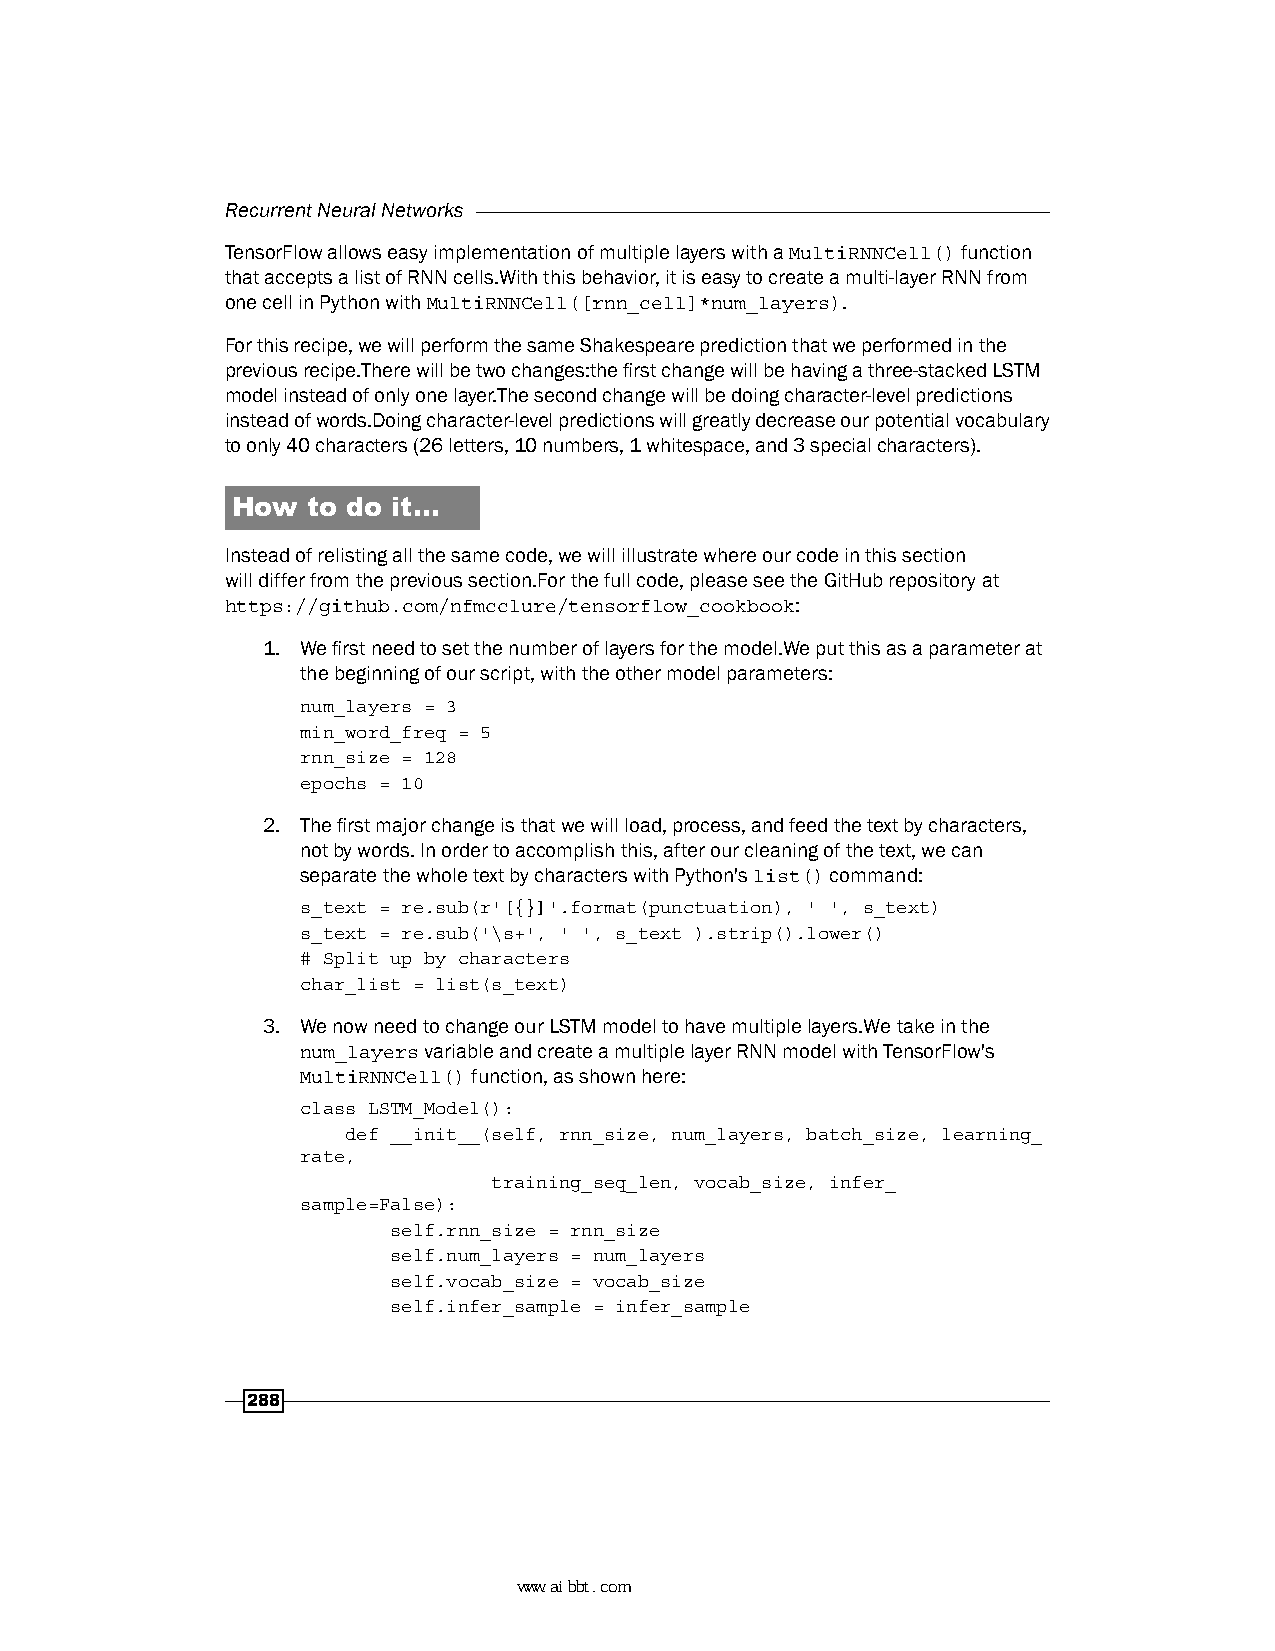
Recurrent Neural Networks
 TensorFlow allows easy implementation of multiple layers with a MultiRNNCell() function
 that accepts a list of RNN cells.With this behavior, it is easy to create a multi-layer RNN from
 one cell in Python with MultiRNNCell([rnn_cell]*num_layers).
 For this recipe, we will perform the same Shakespeare prediction that we performed in the
 previous recipe.There will be two changes:the first change will be having a three-stacked LSTM
 model instead of only one layer.The second change will be doing character-level predictions
 instead of words.Doing character-level predictions will greatly decrease our potential vocabulary
 to only 40 characters (26 letters, 10 numbers, 1 whitespace, and 3 special characters).
 How  to do it…
 Instead of relisting all the same code, we will illustrate where our code in this section
 will differ from the previous section.For the full code, please see the GitHub repository at
 https://github.com/nfmcclure/tensorflow_cookbook:
 1. We first need to set the number of layers for the model.We put this as a parameter at
 the beginning of our script, with the other model parameters:
 num_layers = 3
 min_word_freq = 5
 rnn_size = 128
 epochs = 10
 2. The first major change is that we will load, process, and feed the text by characters,
 not by words. In order to accomplish this, after our cleaning of the text, we can
 separate the whole text by characters with Python's list() command:
 s_text = re.sub(r'[{}]'.format(punctuation), ' ', s_text)
 s_text = re.sub('\s+', ' ', s_text ).strip().lower()
 # Split up by characters
 char_list = list(s_text)
 3. We now need to change our LSTM model to have multiple layers.We take in the
 num_layers variable and create a multiple layer RNN model with TensorFlow's
 MultiRNNCell() function, as shown here:
 class LSTM_Model():
 def __init__(self, rnn_size, num_layers, batch_size, learning_
 rate,
 training_seq_len, vocab_size, infer_
 sample=False):
 self.rnn_size = rnn_size
 self.num_layers = num_layers
 self.vocab_size = vocab_size
 self.infer_sample = infer_sample
 288
 www.aibbt.com 让未来触手可及